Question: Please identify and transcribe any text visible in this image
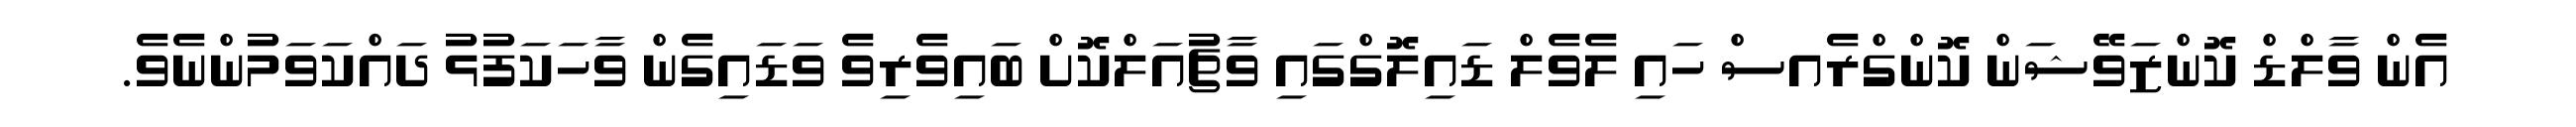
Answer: އެން ވާލްޑް ކޮންޒަވޭޝަން ކޮންގްރެއސް ހައި ލެވެލް ޑައިލޮގްގައި ވާޗުއަލްކޮށް ބައިވެރިވެ ވަޑައިގެން ވާހަކަފުޅު ދައްކަވަމުންނެވެ.